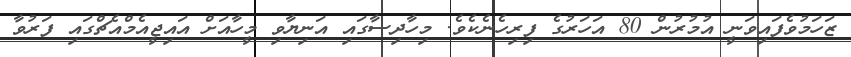
ޒަހަމުވެފައިވަނީ އުމުރުން 80 އަހަރުގެ ފިރިހެނެކެވެ. މިހާދިސާގައި އަނިޔާވި މީހާއަށް އައިޖީއެމްއެޗްގައި ފަރުވާ